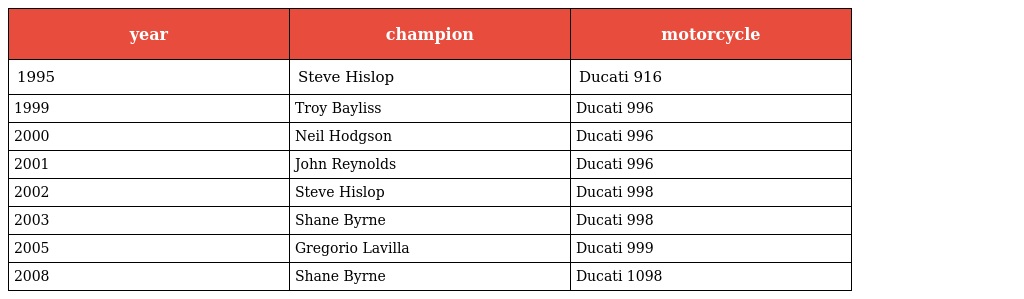
| year | champion | motorcycle |
 | --- | --- | --- |
 | 1995 | Steve Hislop | Ducati 916 |
 | 1999 | Troy Bayliss | Ducati 996 |
 | 2000 | Neil Hodgson | Ducati 996 |
 | 2001 | John Reynolds | Ducati 996 |
 | 2002 | Steve Hislop | Ducati 998 |
 | 2003 | Shane Byrne | Ducati 998 |
 | 2005 | Gregorio Lavilla | Ducati 999 |
 | 2008 | Shane Byrne | Ducati 1098 |